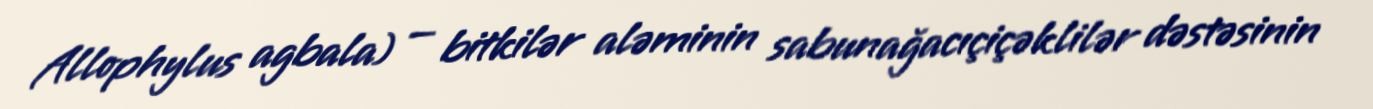
Allophylus agbala) — bitkilər aləminin sabunağacıçiçəklilər dəstəsinin